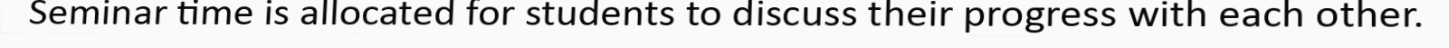
Seminar time is allocated for students to discuss their progress with each other.